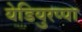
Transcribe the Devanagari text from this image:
येडियुरप्पा